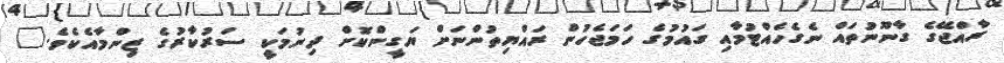
ރާއްޖޭގެ ގާނޫނުތައް ނެގެހެއްޓުމާއި ގައުމުގެ ހަމަޖެހުން ރައްޔިތުންނަށް ޔަގީންކޮށް ދިނުމަކީ ސަރުކާރުގެ ޒިންމާއެކެވެ."